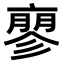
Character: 𬽚